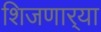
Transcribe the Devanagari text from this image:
शिजणार्‍या